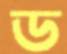
ড